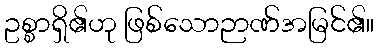
ဥစ္စာရှိ၏ဟု ဖြစ်သောဉာဏ်အမြင်၏။